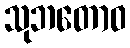
သုဘတောဝ